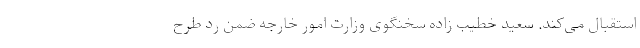
استقبال می‌کند. سعید خطیب زاده سخنگوی وزارت امور خارجه ضمن رد طرح